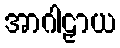
အာဂါဠှာယ